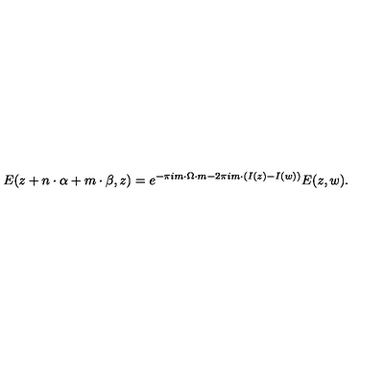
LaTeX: E ( z + { n } \cdot { \alpha } + { m } \cdot { \beta } , z ) = e ^ { - \pi i m \cdot \Omega \cdot m - 2 \pi i m \cdot \left( I ( z ) - I ( w ) \right) } E ( z , w ) .